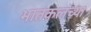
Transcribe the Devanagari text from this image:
भातकलच्या